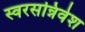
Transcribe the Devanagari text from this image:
स्वरसन्निवेश